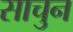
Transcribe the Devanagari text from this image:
साचुन